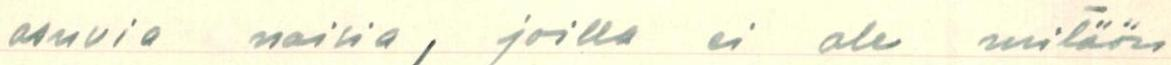
asuvia naisia, joilla ei ole mitään